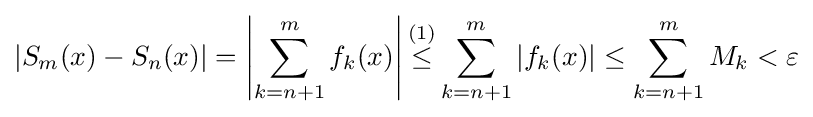
\left|S_{m}(x)-S_{n}(x)\right|=\left|\sum _{k=n+1}^{m}f_{k}(x)\right|{\overset {(1)}{\leq }}\sum _{k=n+1}^{m}|f_{k}(x)|\leq \sum _{k=n+1}^{m}M_{k}<\varepsilon